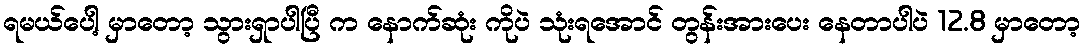
ရမယ်ပေါ့ မှာတော့ သွားရှာပါပြီ က နောက်ဆုံး ကိုပဲ သုံးရအောင် တွန်းအားပေး နေတာပါပဲ 12.8 မှာတော့